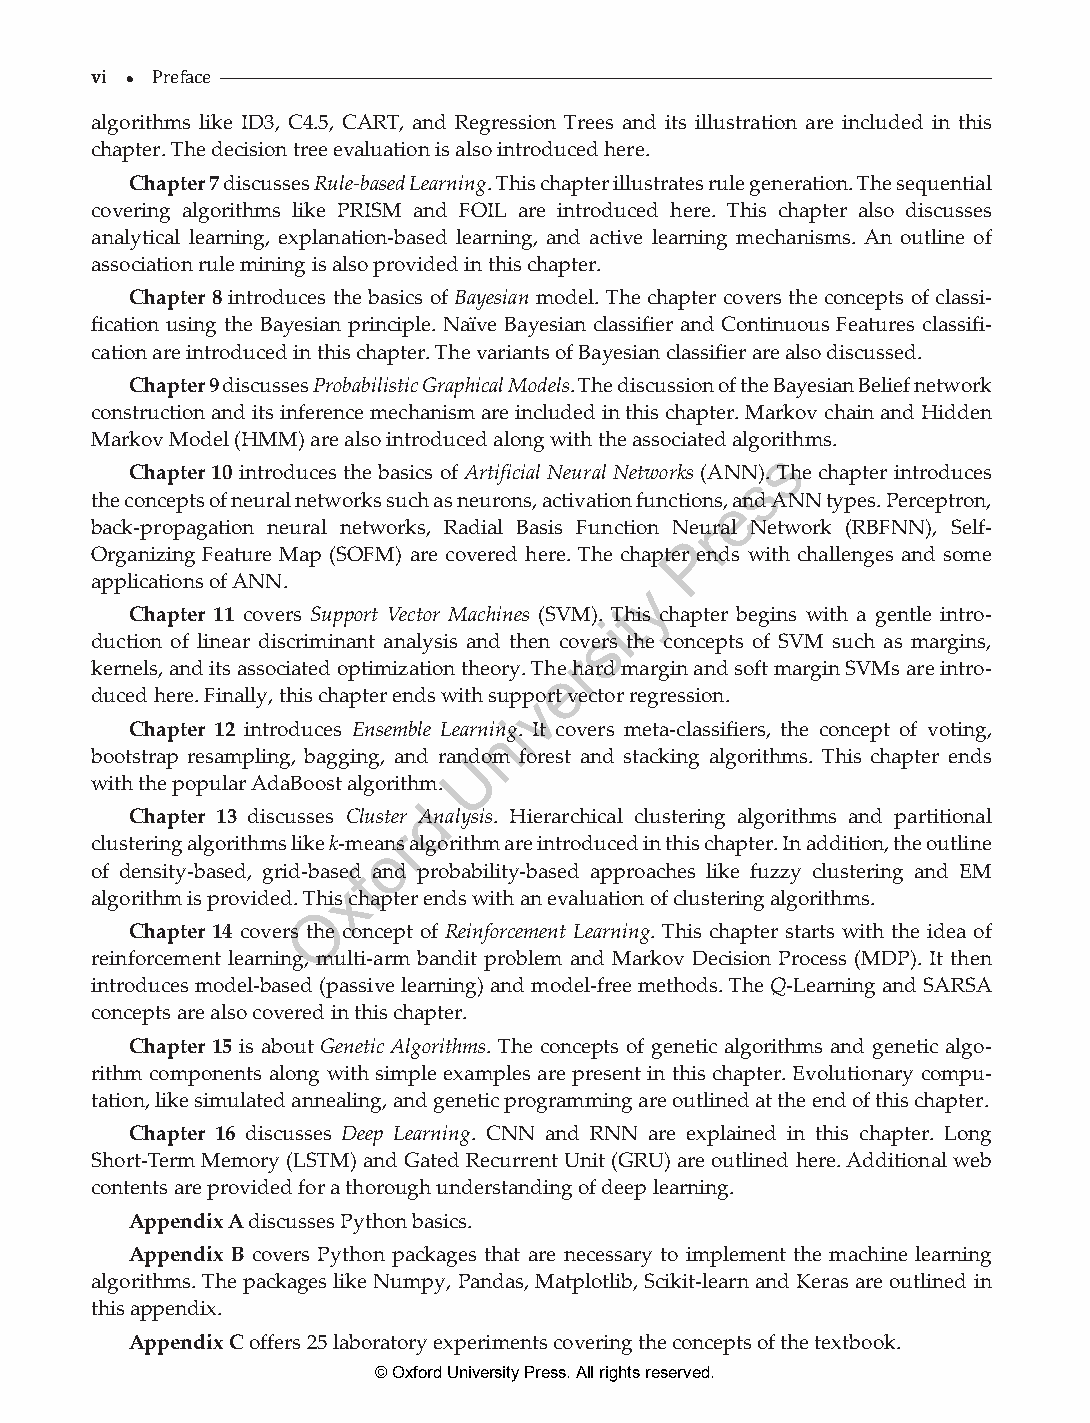
vi 
 al gor ithPrmefsa cleike ID3, C4.5, CART, and Regression Trees and its illustration are included in this
 chapter. The decision tree evaluation is also introduced here.
 Chapter 7 discusses Rule-based Learning. This chapter illustrates rule generation. The sequential
 covering algorithms like PRISM and FOIL are introduced here. This chapter also discusses
 analytical learning, explanation-based learning, and active learning mechanisms. An outline of
 association rule mining is also provided in this chapter.
 Chapter 8 introduces the basics of Bayesian model. The chapter covers the concepts of classi-
 fication using the Bayesian principle. Naïve Bayesian classifier and Continuous Features classifi-
 cation are introduced in this chapter. The variants of Bayesian classifier are also discussed.
 Chapter 9 discusses Probabilistic Graphical Models. The discussion of the Bayesian Belief network
 construction and its inference mechanism are included in this chapter. Markov chain and Hidden
 Markov Model (HMM) are also introduced along with the associated algorithms.
 s
 Chapter 10 introduces the basics of Artificial Neural Networks (ANNs). The chapter introduces
 the concepts of neural networks such as neurons, activation functions,e and ANN types. Perceptron,
 back-propagation neural networks, Radial Basis Function Nerural Network (RBFNN), Self-
 P
 Organizing Feature Map (SOFM) are covered here. The chapter ends with challenges and some
 applications of ANN.                y
 Chapter 11 covers Support Vector Machines (SVM). Tthis chapter begins with a gentle intro-
 i
 s
 duction of linear discriminant analysis and then covers the concepts of SVM such as margins,
 r
 kernels, and its associated optimization theory. Thee hard margin and soft margin SVMs are intro-
 duced here. Finally, this chapter ends with suppvort vector regression.
 i
 Chapter 12 introduces Ensemble Learninng. It covers meta-classifiers, the concept of voting,
 bootstrap resampling, bagging, and ranUdom forest and stacking algorithms. This chapter ends
 with the popular AdaBoost algorithm.
 d
 Chapter 13 discusses Cluster Analysis. Hierarchical clustering algorithms and partitional
 r
 clustering algorithms like k-meaons algorithm are introduced in this chapter. In addition, the outline
 of density-based, grid-basedf and probability-based approaches like fuzzy clustering and EM
 x
 algorithm is provided. This chapter ends with an evaluation of clustering algorithms.
 O
 Chapter 14 covers the concept of Reinforcement Learning. This chapter starts with the idea of
 reinforcement learning, multi-arm bandit problem and Markov Decision Process (MDP). It then
 introduces model-based (passive learning) and model-free methods. The Q-Learning and SARSA
 concepts are also covered in this chapter.
 Chapter 15 is about Genetic Algorithms. The concepts of genetic algorithms and genetic algo-
 rithm components along with simple examples are present in this chapter. Evolutionary compu-
 tation, like simulated annealing, and genetic programming are outlined at the end of this chapter.
 Chapter 16 discusses Deep Learning. CNN and RNN are explained in this chapter. Long
 Short-Term Memory (LSTM) and Gated Recurrent Unit (GRU) are outlined here. Additional web
 contents are provided for a thorough understanding of deep learning.
 Appendix A discusses Python basics.
 Appendix B covers Python packages that are necessary to implement the machine learning
 algorithms. The packages like Numpy, Pandas, Matplotlib, Scikit-learn and Keras are outlined in
 this appendix.
 Appendix C offers 25 laboratory experiments covering the concepts of the textbook.
 © Oxford University Press. All rights reserved.
 ML_FM.indd 6                                                  27-Mar-21 8:45:05 AM